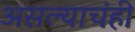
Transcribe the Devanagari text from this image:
असल्याचंही